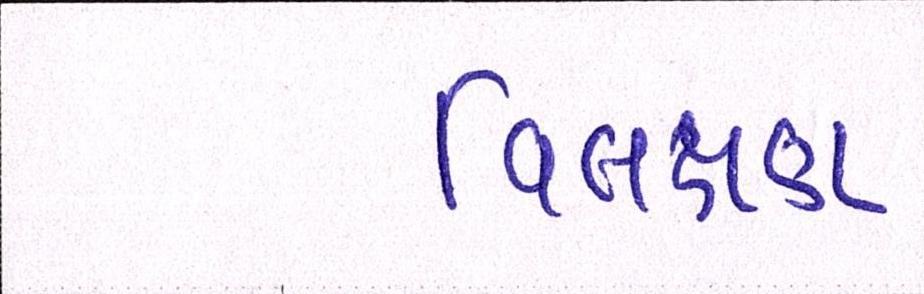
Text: વિલક્ષણ